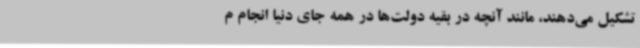
تشکیل می‌دهند، مانند آنچه در بقیه دولت‌ها در همه جای دنیا انجام م